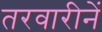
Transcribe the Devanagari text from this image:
तरवारीनें